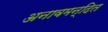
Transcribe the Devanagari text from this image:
अनावमन्दित